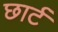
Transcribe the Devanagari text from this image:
छार्ट